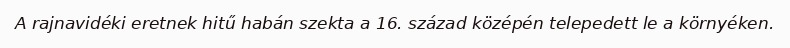
A rajnavidéki eretnek hitű habán szekta a 16. század középén telepedett le a környéken.